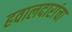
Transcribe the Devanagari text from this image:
हवालदारांचा